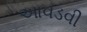
આવડવી